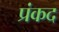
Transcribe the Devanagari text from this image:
प्रंकद